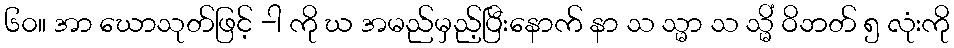
၆၀။ အာ ဃောသုတ်ဖြင့် -ါ ကို ဃ အမည်မှည့်ပြီးနောက် နာ သ သ္မာ သ သ္မိံ ဝိဘတ် ၅ လုံးကို